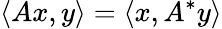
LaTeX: \langle Ax,y\rangle=\left\langle x,A^{*}y\right\rangle